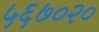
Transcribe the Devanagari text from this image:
५६७०२०